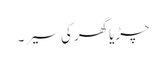
چڑیا گھر کی سیر ۔